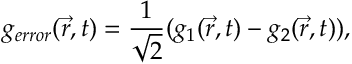
{ { g } _ { e r r o r } } ( \vec { r } , t ) = \frac { 1 } { \sqrt { 2 } } ( { { g } _ { 1 } } ( \vec { r } , t ) - { { g } _ { 2 } } ( \vec { r } , t ) ) ,